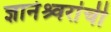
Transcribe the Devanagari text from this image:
ज्ञानेश्र्वरांची